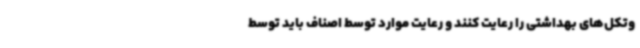
وتکل‌های بهداشتی را رعایت کنند و رعایت موارد توسط اصناف باید توسط